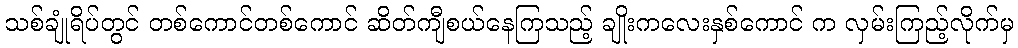
သစ်ချုံရိပ်တွင် တစ်ကောင်တစ်ကောင် ဆိတ်ကျီစယ်နေကြသည့် ချိုးကလေးနှစ်ကောင် က လှမ်းကြည့်လိုက်မှ